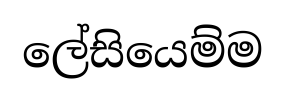
ලේසියෙම්ම